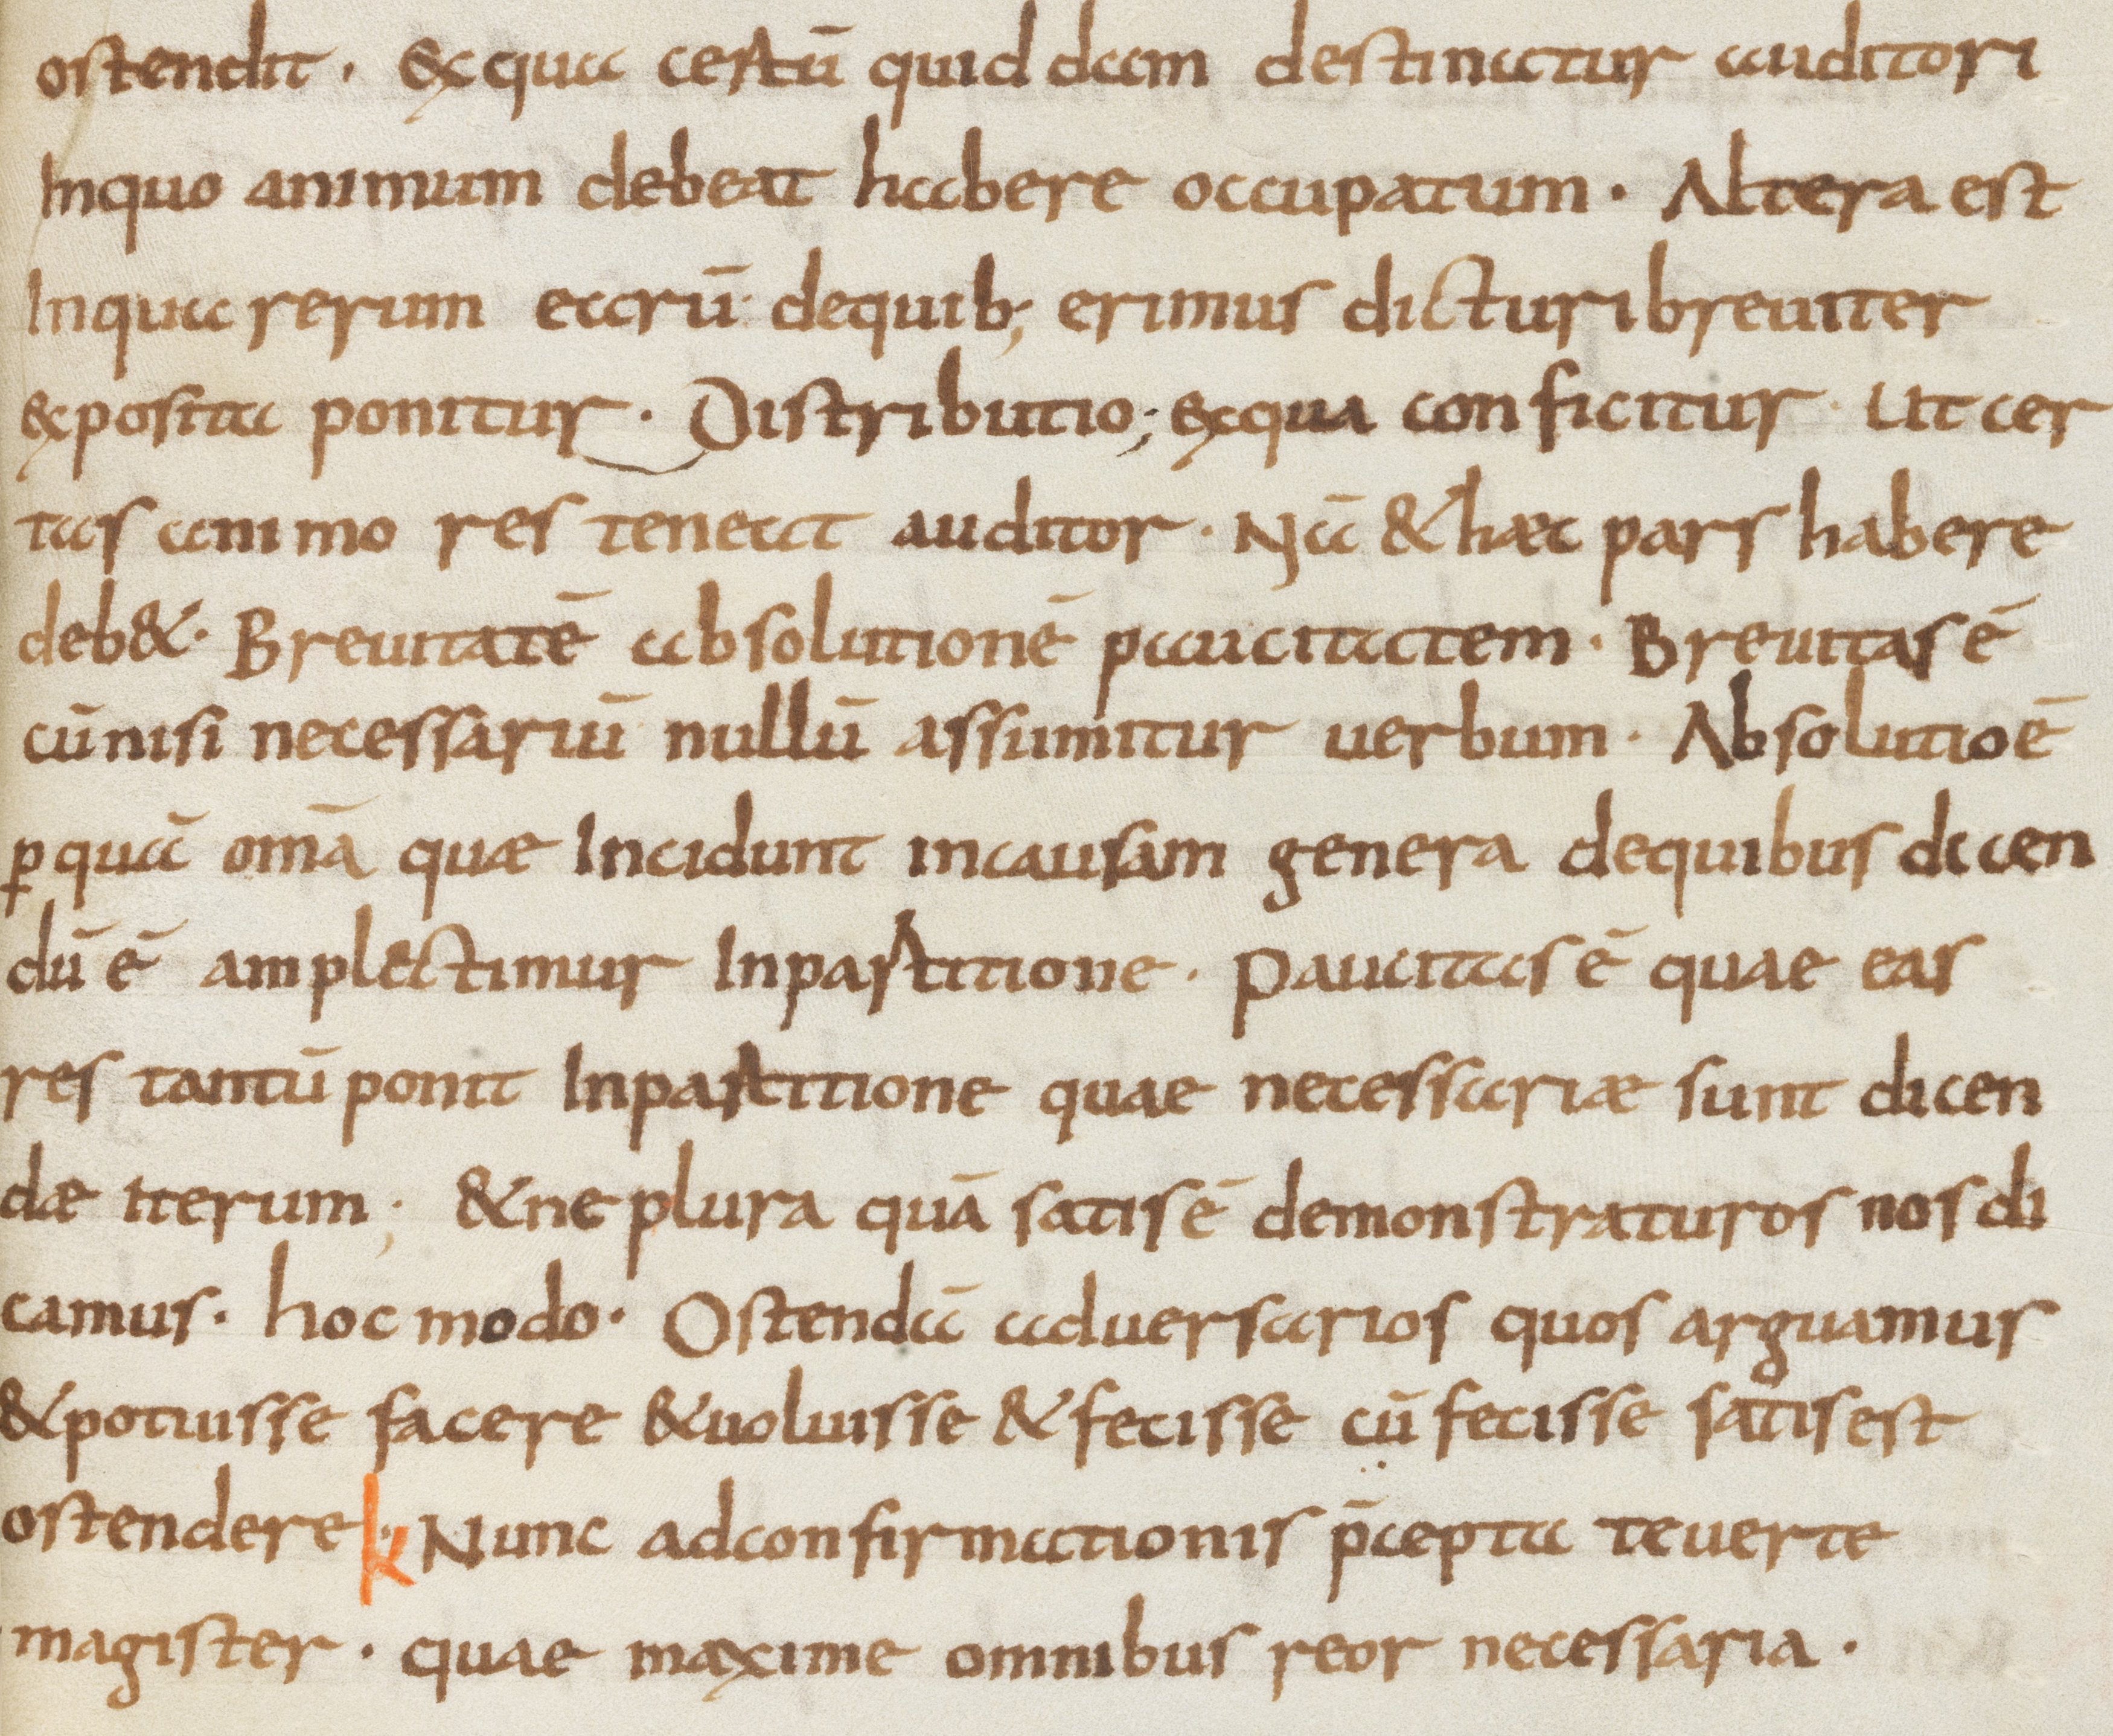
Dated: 800–899